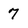
Character: 7